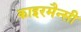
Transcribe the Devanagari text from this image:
काइरमैन्सी